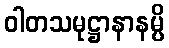
ဝါတသမုဋ္ဌာနာနမ္ပိ